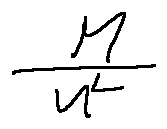
\frac { M } { u ^ { L } }